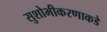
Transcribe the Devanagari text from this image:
सुशोभीकरणाकडे